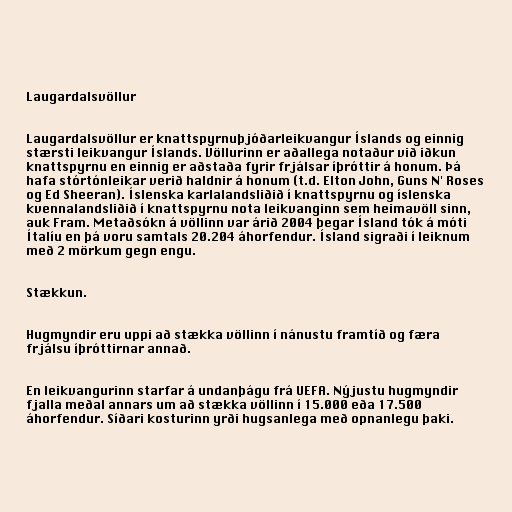
Laugardalsvöllur

Laugardalsvöllur er knattspyrnuþjóðarleikvangur Íslands og einnig
stærsti leikvangur Íslands. Völlurinn er aðallega notaður við iðkun
knattspyrnu en einnig er aðstaða fyrir frjálsar íþróttir á honum. Þá
hafa stórtónleikar verið haldnir á honum (t.d. Elton John, Guns N' Roses
og Ed Sheeran). Íslenska karlalandsliðið í knattspyrnu og íslenska
kvennalandsliðið í knattspyrnu nota leikvanginn sem heimavöll sinn,
auk Fram. Metaðsókn á völlinn var árið 2004 þegar Ísland tók á móti
Ítalíu en þá voru samtals 20.204 áhorfendur. Ísland sigraði í leiknum
með 2 mörkum gegn engu.

Stækkun.

Hugmyndir eru uppi að stækka völlinn í nánustu framtíð og færa
frjálsu íþróttirnar annað.

En leikvangurinn starfar á undanþágu frá UEFA. Nýjustu hugmyndir
fjalla meðal annars um að stækka völlinn í 15.000 eða 17.500
áhorfendur. Síðari kosturinn yrði hugsanlega með opnanlegu þaki.